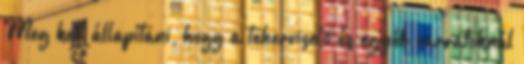
Meg kell állapítani, hogy a teherviselõ és egyéb varratoknál